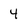
Character: 4